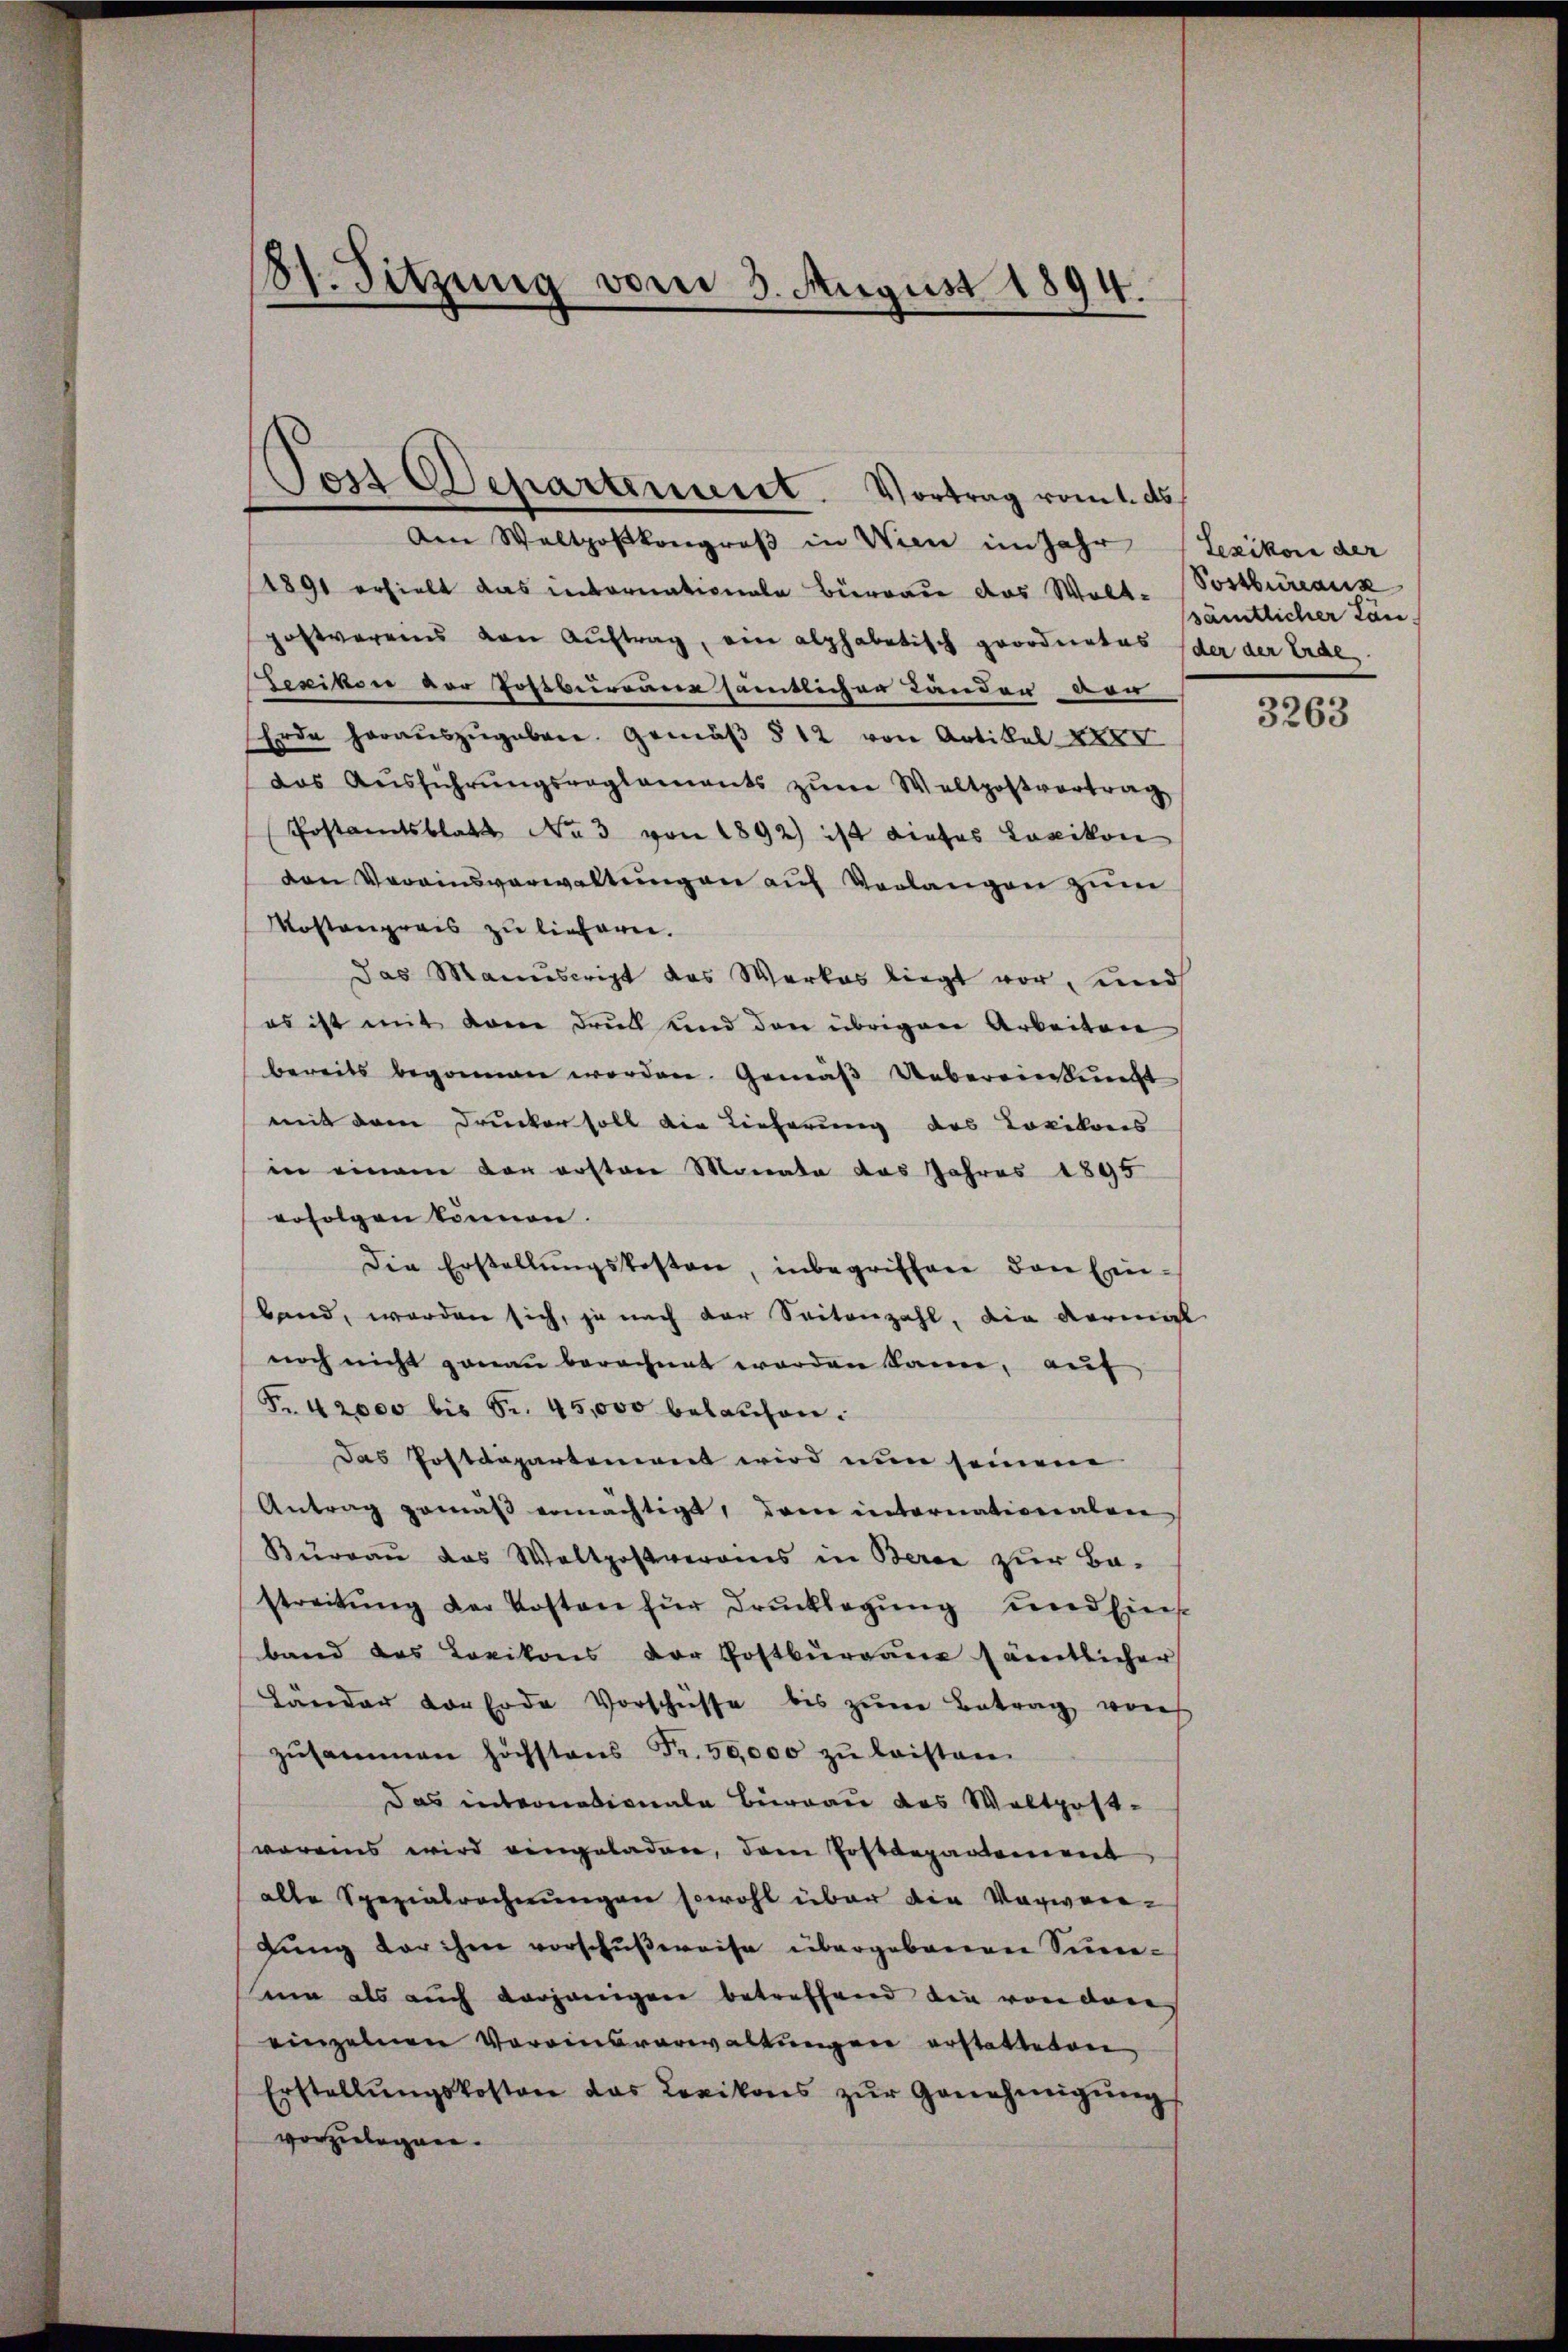
8t. Sitzung vom 3. August 1894.

Post Departement. Vortrag vom 1. ds.

Aen Waltposkongroß in Wien im Jahr (Lexikon der
1891 erhielt das infornationale Birrade das Welt. Postbüreaux
hostvereins von Aŭftrag, ein alphabetisch geordnetes der der Erde
Lexikon vor Jostbureane sämtlicher Länden ver
Erde heraŭszŭgeben. Gemäβ § 12 von Artikel XXX
das Aŭsführŭngsreglements zŭm Waltpostvertrag
Postamtsblatt No 3 von 1892) ist dieses Lexikon
den Vereinsverwaltŭngen auf Verlangen zum
Mostenpreis zu liefern.
das Manuscript des Werkes liegt vor, und
es ist mit dem Druck und den übrigen Arbeiten
bereits begonnen worden. Gemäβ Uebereinkunft
mit dem Drucker soll die Lieferung des Loxikons
in einem vor ersten Monate das Jahres 1895
erfolgen können.
Die Erstellŭngskosten, inbegriffene den Erin-
band, worden sich, ja nach der Seitenzahl, die Formal
noch nicht genau berechnet worden kann, auf
Fr. 42,000 bis Sr. 45,000 belaufen.
Das Postdepartement wird nun seinem
Antrag gemäß ermächtigt, dem internationalen
Bureau das Waltpostverains in Berei zur Be-
streitŭng der Kosten für Drucklegung und Eins
band das Lexikons der Postburgane sämtlicher
Länder der Erde Vorschüsse bis zŭm Betrag von
zusammen höchstens Fr. 50,000 zu leisten
Das internationale Bureau das Woltpost-
warens wird eingeladen, dem Postdepartement
alte Spezialrechnungen sowohl über die Vorwei¬
Lŭng der ihm vorschŭβweise übergebenen Simen als auch vorjenigen betreffend die von der
einzelnen Vereinsverwaltungen erstatteten,
Erstellŭngskosten das Lexikons zŭr Genehmigŭng
vorzulegen.

sämtlicher Län-

3263